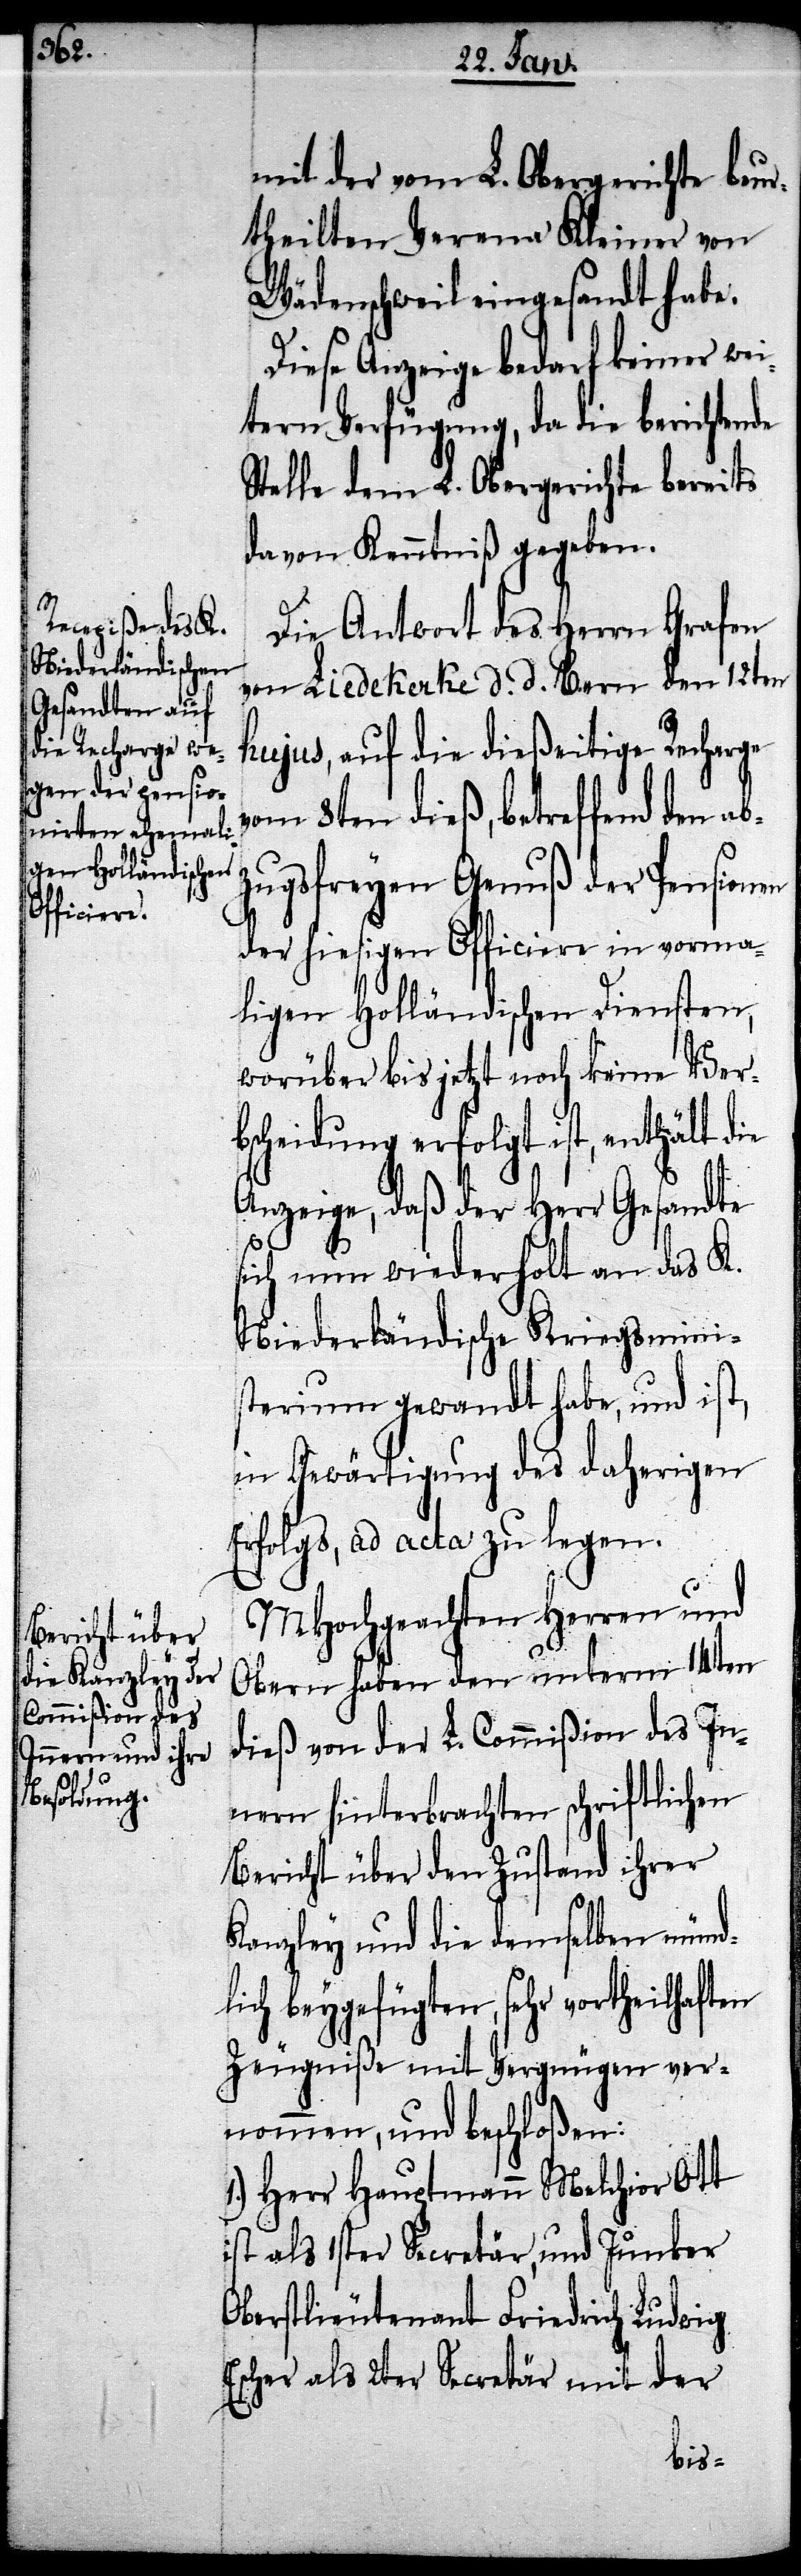
mit der vom L. Obergerichte Beur¬
theilten Verena Kleiner von
Wädenschweil eingesandt habe.
Diese Anzeige bedarf keiner wei¬
tern Verfügung, da die berichtende
Stelle dem L. Obergerichte bereits
davon Kenntniß gegeben.
Die Antwort des Herrn Grafen
von Liedekerke d. d. Bern den 12ten
hujus, auf die dießeitige Recharge
vom 8ten dieß, betreffend den ab¬
zugsfreyen Genuß der Pensionen
der hiesigen Officiere in vorma¬
ligen Holländischen Diensten,
worüber bis jetzt noch keine Verb¬
scheidung erfolgt ist, enthält die
Anzeige, daß der Herr Gesandte
E¬
sich nun wiederholt an das K.
Niederländische Kriegsminis¬
terium gewandt habe, und ist,
in Gewärtigung des daherigen
Erfolgs, ad acta zu legen.
MHochgeachten Herren und
Obern haben den unterm 14ten
dieß von der L. Commißion des In¬
nern hinterbrachten schriftlichen
Bericht über den Zustand ihrer
Kanzley und die demselben münd¬
lich beygefügten, sehr vortheilhaften
Zeugniße mit Vergnügen ver¬
nommen, und beschloßen:
Herr Hauptmann Melchior Ott
ist als 1ster Secretär, und Junker
Oberstlieutenant Friedrich Ludwig
scher als 2ter Secretär mit der